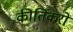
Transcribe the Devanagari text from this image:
कीर्तिकरों